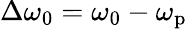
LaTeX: \Delta\omega_{0}=\omega_{0}-\omega_{\mathrm{p}}